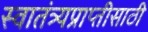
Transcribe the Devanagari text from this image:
स्वातंत्र्यप्राप्तीसाठी